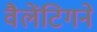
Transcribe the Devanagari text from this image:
वैलेंटिगने